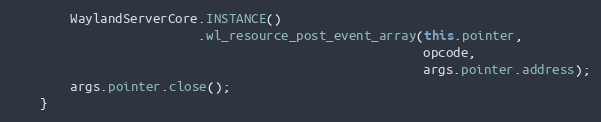
Language: Java
        WaylandServerCore.INSTANCE()
                         .wl_resource_post_event_array(this.pointer,
                                                       opcode,
                                                       args.pointer.address);
        args.pointer.close();
    }